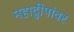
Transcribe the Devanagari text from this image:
महाद्वीपांवर